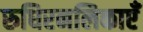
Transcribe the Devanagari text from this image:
रुधिरनलिकाएँ